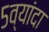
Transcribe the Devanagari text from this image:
५व्यांदा